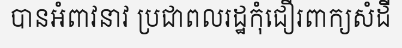
បានអំពាវនាវ ប្រជាពលរដ្ឋកុំជឿរពាក្យសំដី